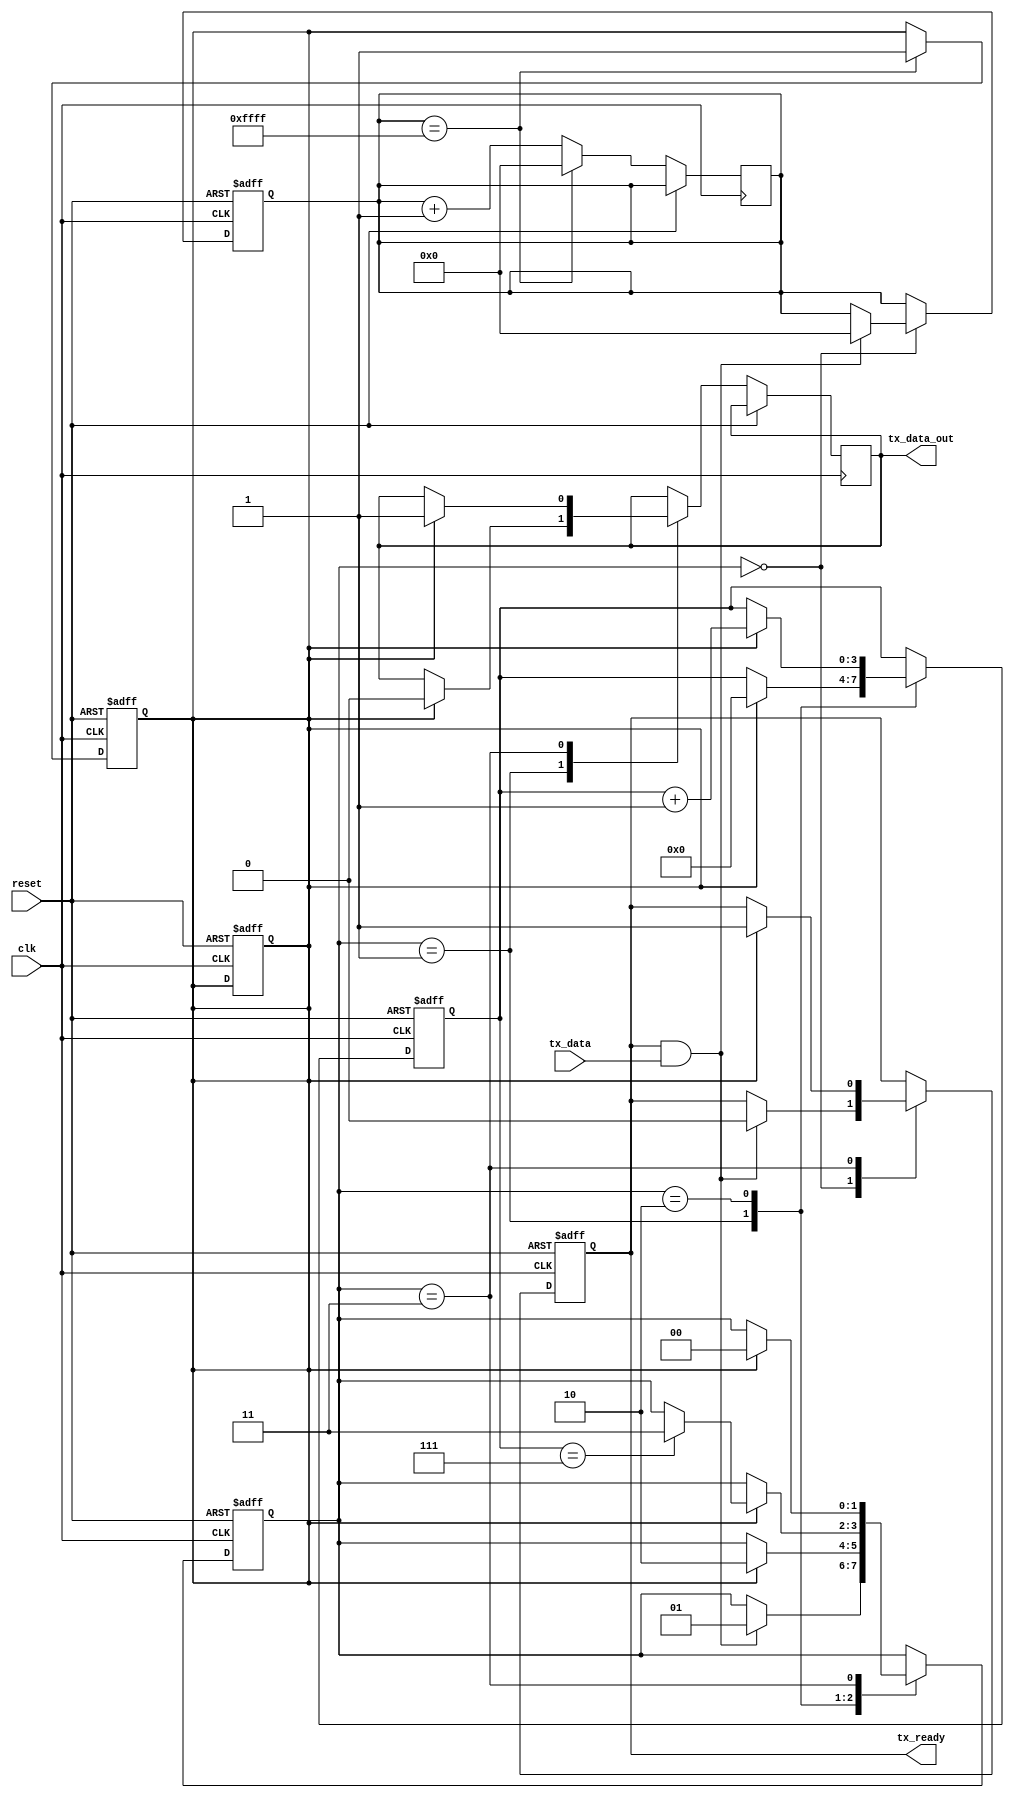
module UART_transmitter (
    input clk,
    input reset,
    input tx_data,
    output reg tx_ready,
    output reg tx_data_out
);

// State machine states
parameter IDLE = 2'b00;
parameter START_BIT = 2'b01;
parameter DATA_BITS = 2'b10;
parameter STOP_BIT = 2'b11;

// Shift register to store and shift out data bits
reg [7:0] shift_reg;
reg [3:0] bit_count;

// Baud rate generator
reg [15:0] baud_counter;
reg baud_tick;

// State machine logic
reg [1:0] state;
always @ (posedge clk or posedge reset) begin
    if (reset) begin
        state <= IDLE;
        tx_ready <= 1'b1;
        baud_counter <= 16'b0;
        baud_tick <= 1'b0;
        shift_reg <= 8'b0;
        bit_count <= 4'b0;
    end else begin
        case (state)
            IDLE:
                if (tx_ready && tx_data) begin
                    state <= START_BIT;
                    tx_ready <= 1'b0;
                    baud_counter <= 16'b0;
                end
            START_BIT:
                if (baud_tick) begin
                    tx_data_out <= 1'b0;
                    state <= DATA_BITS;
                    bit_count <= 4'b0;
                end
            DATA_BITS:
                if (baud_tick) begin
                    shift_reg <= {shift_reg[6:0], tx_data};
                    bit_count <= bit_count + 1;
                    if (bit_count == 7)
                        state <= STOP_BIT;
                end
            STOP_BIT:
                if (baud_tick) begin
                    tx_data_out <= 1'b1;
                    state <= IDLE;
                    tx_ready <= 1'b1;
                end
        endcase
    end
end

// Baud rate generator
always @ (posedge clk or posedge reset) begin
    if (reset)
        baud_tick <= 1'b0;
    else begin
        if (baud_counter == 16'b1111111111111111) begin
            baud_tick <= 1'b1;
            baud_counter <= 16'b0;
        end else
            baud_counter <= baud_counter + 1;
    end
end

endmodule